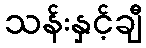
သန်းနှင့်ချီ